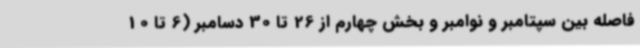
فاصله بین سپتامبر و نوامبر و بخش چهارم از 26 تا 30 دسامبر (6 تا 10